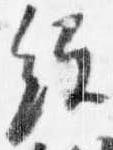
経